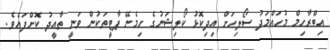
އިބްރާހިމް މުހައްމަދު ސޯލިހަށް އިދިކޮޅު ކޯލިޝަނުގެ ހިމެނޭ ޕާޓީތަކުން ވަނީ ތާއީދު ކޮށްފައެވެ.